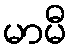
မာမီ